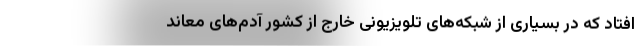
افتاد که در بسیاری از شبکه‌های تلویزیونی خارج از کشور آدم‌های معاند